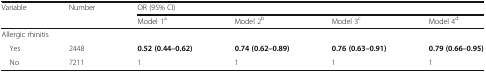
<table><thead><tr><td rowspan="2"><b>Variable</b></td><td rowspan="2"><b>Number</b></td><td colspan="4"><b>OR (95% CI)</b></td></tr><tr><td><b>Model 1<sup>a</sup></b></td><td><b>Model 2<sup>b</sup></b></td><td><b>Model 3<sup>c</sup></b></td><td><b>Model 4<sup>d</sup></b></td></tr></thead><tbody><tr><td colspan="6">Allergic rhinitis</td></tr><tr><td> Yes</td><td>2448</td><td><b>0.52 (0.44–0.62)</b></td><td><b>0.74 (0.62–0.89)</b></td><td><b>0.76 (0.63–0.91)</b></td><td><b>0.79 (0.66–0.95)</b></td></tr><tr><td> No</td><td>7211</td><td>1</td><td>1</td><td>1</td><td>1</td></tr></tbody></table>